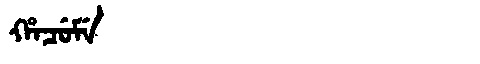
Manchu: ᡥᠠᠴᡠᠮᡝ
Romanization: HACUME